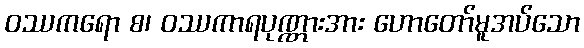
ဝဿကရော စ၊ ဝဿကာရပုဏ္ဏားအား ဟောတော်မူအပ်သော